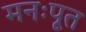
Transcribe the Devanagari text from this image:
मनःपूत